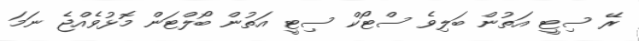
ރޭ ސިޓީ އަތުން ބަލިވެ ސްޓޯކް ސިޓީ އަތުން ބޯލްޓަން މޮޅުވެއްޖެ ނަމަ